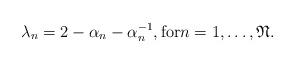
LaTeX: \begin{align*}\lambda_n=2-\alpha_n-\alpha_n^{-1}, {\rm for } n=1,\ldots,\mathfrak{N}.\end{align*}